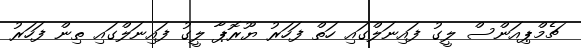
ޗެމްޕިއަންސް ލީގު ފައިނަލްގައި ހަތް ފަހަރު ޔޫރޮޕާ ލީގު ފައިނަލްގައި ތިން ފަހަރު